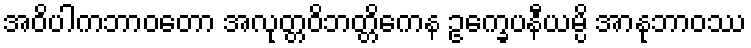
အဝိပါကဘာဝတော အလုတ္တဝိဘတ္တိကေန ဥက္ခေပနီယမ္ပိ အာနုဘာဝဿ